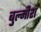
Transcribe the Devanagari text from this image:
बुल्मीश